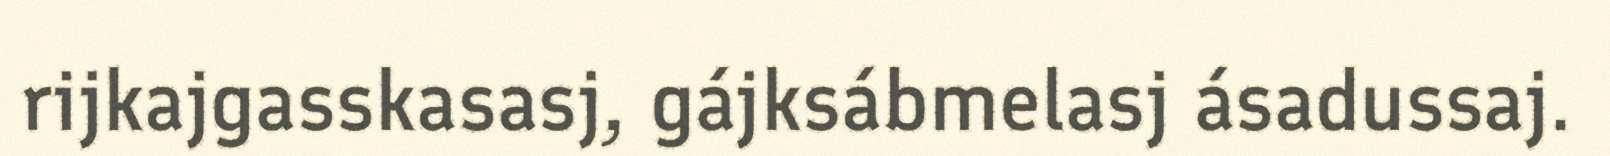
rijkajgasskasasj, gájksábmelasj ásadussaj.